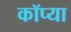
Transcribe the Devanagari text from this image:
कॉप्या